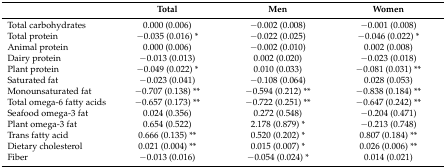
<table><thead><tr><td></td><td><b>Total</b></td><td><b>Men</b></td><td><b>Women</b></td></tr></thead><tbody><tr><td>Total carbohydrates </td><td>0.000 (0.006)</td><td>−0.002 (0.008)</td><td>−0.001 (0.008)</td></tr><tr><td>Total protein </td><td>−0.035 (0.016) *</td><td>−0.022 (0.025)</td><td>−0.046 (0.022) *</td></tr><tr><td>Animal protein </td><td>0.000 (0.006)</td><td>−0.002 (0.010)</td><td>0.002 (0.008)</td></tr><tr><td>Dairy protein </td><td>−0.013 (0.013)</td><td>0.002 (0.020)</td><td>−0.023 (0.018)</td></tr><tr><td>Plant protein </td><td>−0.049 (0.022) *</td><td>0.010 (0.033)</td><td>−0.081 (0.031) **</td></tr><tr><td>Saturated fat </td><td>−0.023 (0.041)</td><td>−0.108 (0.064)</td><td>0.028 (0.053)</td></tr><tr><td>Monounsaturated fat </td><td>−0.707 (0.138) **</td><td>−0.594 (0.212) **</td><td>−0.838 (0.184) **</td></tr><tr><td>Total omega-6 fatty acids</td><td>−0.657 (0.173) **</td><td>−0.722 (0.251) **</td><td>−0.647 (0.242) **</td></tr><tr><td>Seafood omega-3 fat</td><td>0.024 (0.356)</td><td>0.272 (0.548)</td><td>−0.204 (0.471)</td></tr><tr><td>Plant omega-3 fat</td><td>0.654 (0.522)</td><td>2.178 (0.879) *</td><td>−0.213 (0.748)</td></tr><tr><td>Trans fatty acid</td><td>0.666 (0.135) **</td><td>0.520 (0.202) *</td><td>0.807 (0.184) **</td></tr><tr><td>Dietary cholesterol</td><td>0.021 (0.004) **</td><td>0.015 (0.007) *</td><td>0.026 (0.006) **</td></tr><tr><td>Fiber</td><td>−0.013 (0.016)</td><td>−0.054 (0.024) *</td><td>0.014 (0.021)</td></tr></tbody></table>